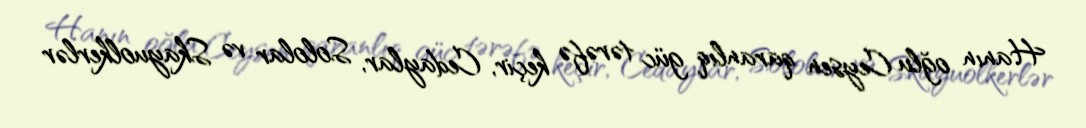
Hanın oğlu Ceysen qaranlıq güc tərəfə keçir, Cedaylar, Sololar və Skayuolkerlər